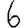
Digit: 6